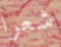
شعرا